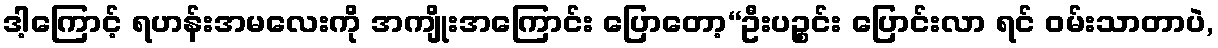
ဒါ့ကြောင့် ရဟန်းအမလေးကို အကျိုးအကြောင်း ပြောတော့“ဦးပဉ္စင်း ပြောင်းလာ ရင် ဝမ်းသာတာပဲ,